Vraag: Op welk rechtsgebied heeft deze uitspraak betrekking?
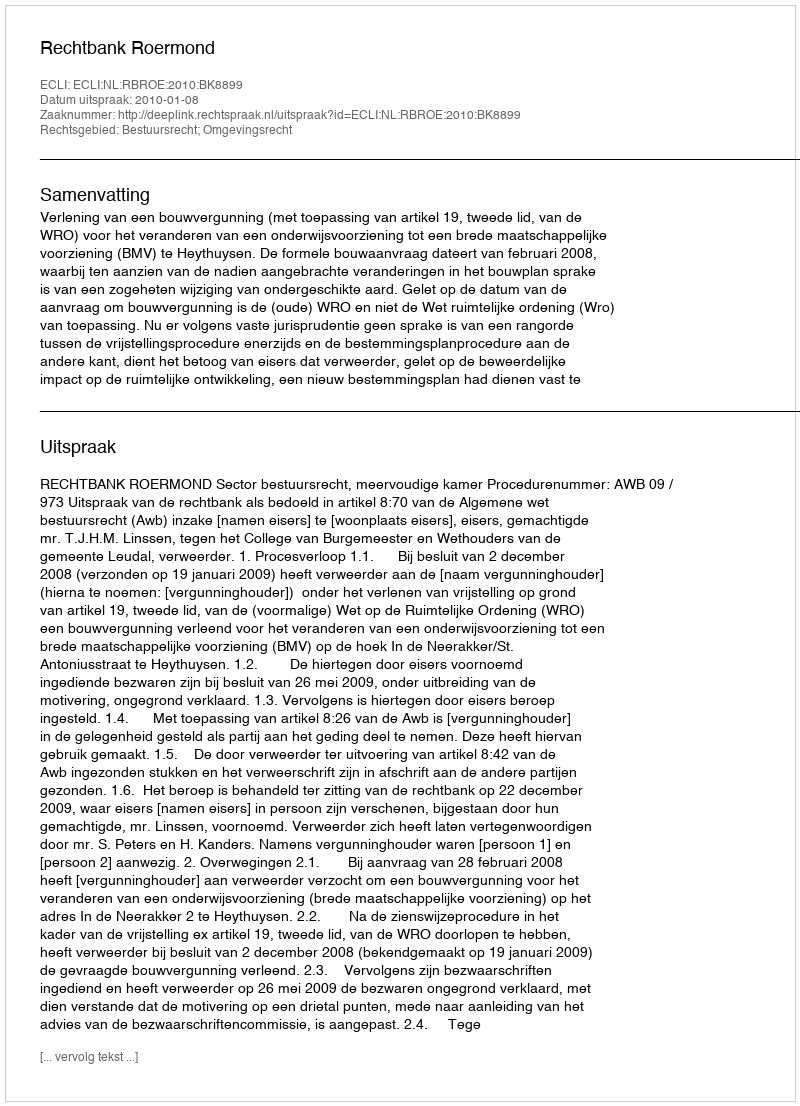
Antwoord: Bestuursrecht; Omgevingsrecht